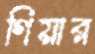
গিয়ার